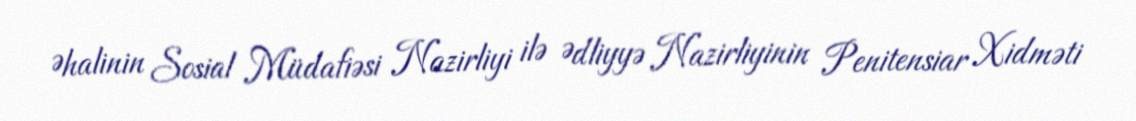
Əhalinin Sosial Müdafiəsi Nazirliyi ilə Ədliyyə Nazirliyinin Penitensiar Xidməti